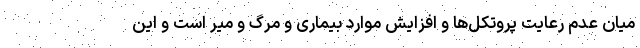
میان عدم رعایت پروتکل‌ها و افزایش موارد بیماری و مرگ و میر است و این